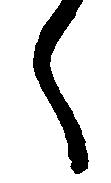
々